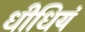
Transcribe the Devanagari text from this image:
धीधियं